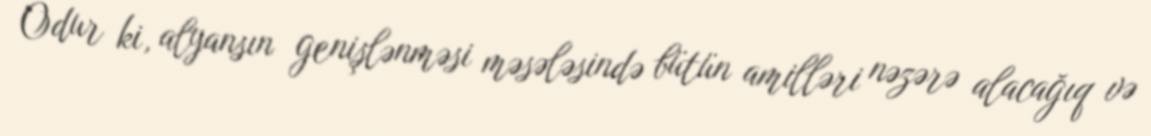
Odur ki, alyansın genişlənməsi məsələsində bütün amilləri nəzərə alacağıq və